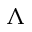
\Lambda